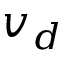
v _ { d }